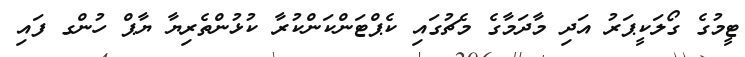
ޓީމުގެ ގޯލަކީޕަރު އަދި މާދަމާގެ މެޗުގައި ކެޕްޓަންކަންކުރާ ކުޅުންތެރިޔާ ޔާޕް ހުންގ ފައި